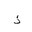
Letter: _thal